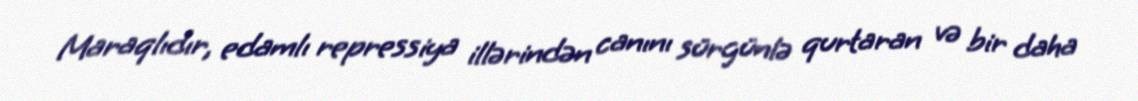
Maraqlıdır, edamlı repressiya illərindən canını sürgünlə qurtaran və bir daha